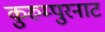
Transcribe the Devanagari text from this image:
कुरुम्पुरनाट